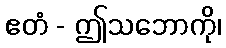
ဧတံ - ဤသဘောကို၊